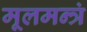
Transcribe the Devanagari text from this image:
मूलमन्त्रं